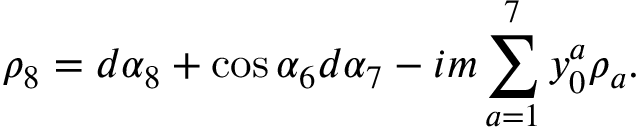
\rho _ { 8 } = d \alpha _ { 8 } + \cos { \alpha _ { 6 } } d \alpha _ { 7 } - i m \sum _ { a = 1 } ^ { 7 } y _ { 0 } ^ { a } \rho _ { a } .